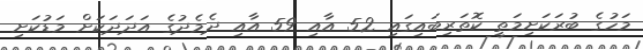
މަހުގެ ބުރަކަށިމަތީ ކޮތަރިބައިގައި 52 އާއި 59 އާއި ދެމެދުގެ އަދަދަކަށް މަޑުކަށި